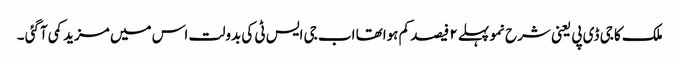
ملک کا جی ڈی پی یعنی شرح نمو پہلے ۲ فیصد کم ہواتھا اب جی ایس ٹی کی بدولت اس میں مزید کمی آگئی ۔